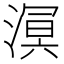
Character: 𣼗